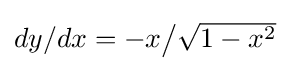
{\textstyle dy/dx=-x{\big /}{\sqrt {1-x^{2}}}}